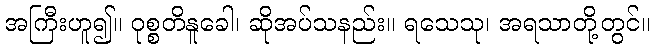
အကြီးဟူ၍။ ဝုစ္စတိနူခေါ၊ ဆိုအပ်သနည်း။ ရသေသု၊ အရသာတို့တွင်။